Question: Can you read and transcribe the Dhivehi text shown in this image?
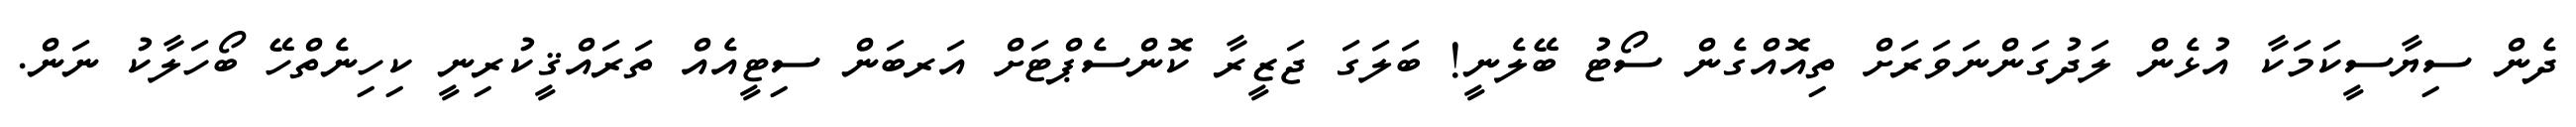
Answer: ދެން ސިޔާސީކަމަކާ އުޅެން ލަދުގަންނަވަރަށް ތިއޮއްގެން ސޯޓު ބޭލެނީ! ބަލަގަ ޖަޒީރާ ކޮންސެޕްޓަށް އަރބަން ސިޓީއެއް ތަރައްޤީކުރިނީ ކިހިނެތްހޭ ބޯހަލާކު ނަން.